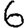
Digit: 6